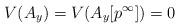
LaTeX: \begin{align*}V(A_y) = V(A_y[p^\infty]) = 0\end{align*}